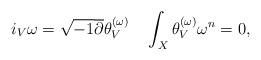
LaTeX: \begin{align*}i_{V}\omega=\sqrt{-1}\overline{\partial}\theta_{V}^{(\omega)}\quad\int_{X}\theta_{V}^{(\omega)}\omega^{n}=0,\end{align*}